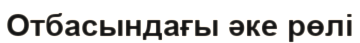
Отбасындағы әке рөлі